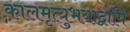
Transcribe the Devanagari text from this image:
कालमृत्युभयाद्वापि